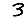
Digit: 3